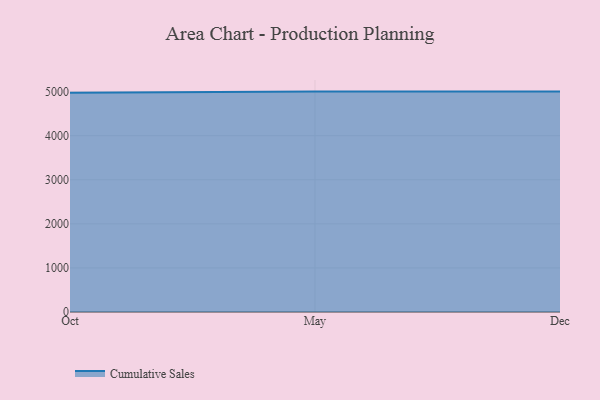
{"axis": {"x": "Month", "y": "Gross Profit (USD K)"}, "legend": ["Cumulative Sales"], "data": [{"x": "Oct", "y": 4973.2, "type": "Cumulative Sales"}, {"x": "May", "y": 5000, "type": "Cumulative Sales"}, {"x": "Dec", "y": 5000, "type": "Cumulative Sales"}]}